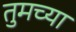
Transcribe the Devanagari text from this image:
तुमच्‍या